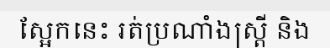
ស្អែកនេះ រត់ប្រណាំងស្ត្រី និង